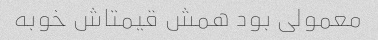
معمولی بود همش قیمتاش خوبه